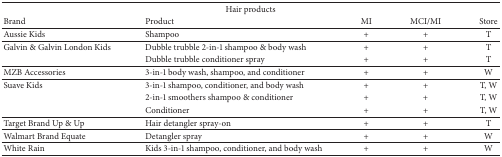
<table><thead><tr><td colspan="5"><b>Hair products</b></td></tr><tr><td><b>Brand</b></td><td><b>Product </b></td><td><b>MI</b></td><td><b>MCI/MI</b></td><td><b>Store</b></td></tr></thead><tbody><tr><td>Aussie Kids</td><td>Shampoo</td><td>+</td><td>+</td><td>T</td></tr><tr><td>Galvin &amp; Galvin London Kids </td><td>Dubble trubble 2-in-1 shampoo &amp; body wash</td><td>+</td><td>+</td><td>T</td></tr><tr><td> </td><td>Dubble trubble conditioner spray</td><td>+</td><td>+</td><td>T</td></tr><tr><td>MZB Accessories </td><td>3-in-1 body wash, shampoo, and conditioner </td><td>+</td><td>+</td><td>W</td></tr><tr><td>Suave Kids</td><td>3-in-1 shampoo, conditioner, and body wash</td><td>+</td><td>+</td><td>T, W</td></tr><tr><td> </td><td>2-in-1 smoothers shampoo &amp; conditioner</td><td>+</td><td>+</td><td>T, W</td></tr><tr><td> </td><td>Conditioner </td><td>+</td><td>+</td><td>T, W</td></tr><tr><td>Target Brand Up &amp; Up</td><td>Hair detangler spray-on</td><td>+</td><td>+</td><td>T</td></tr><tr><td>Walmart Brand Equate</td><td>Detangler spray</td><td>+</td><td>+</td><td>W</td></tr><tr><td>White Rain </td><td>Kids 3-in-1 shampoo, conditioner, and body wash</td><td>+</td><td>+</td><td>W</td></tr></tbody></table>